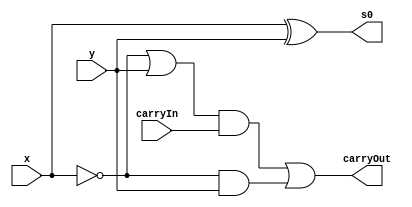
// --------------------------------------------- 
// Exemplo0034 
// Nome: Miller 
// ---------------------------------------------
// Exercicio 4 - Decremento de 1
// ---------------------------------------------

module subtrador (output s0, output carryOut, 
                  input x,input y, input carryIn);
						
assign s0 = x^y;
assign carryOut = ((~x|y)&carryIn)|(~x&y);

endmodule

module unir(output[4:0] s, input a, input b, input c, input d, input e);
assign s[0] = e;
assign s[1] = d;
assign s[2] = c;
assign s[3] = b;
assign s[4] = a;

endmodule

module Main;

reg [3:0]a, b;
reg ci;
wire s0, s1, s2, s3;
wire co0, co1, co2, co3;
wire[4:0] Sf;

subtrador A(s0, co0, a[0], b[0], ci);
subtrador B(s1, co1, a[1], b[1], co0);
subtrador C(s2, co2, a[2], b[2], co1);
subtrador D(s3, co3, a[3], b[3], co2);

unir T(Sf, co3, s3, s2, s1, s0);

initial begin:start 
a=4'b0000; b=4'b0001;
ci=1'b0;
end

initial begin
$display("Exemplo0034 - Miller - 449048"); 
$display("Decremento de 1");
$display("");
$monitor("%b = %b", a, Sf );

#1	a=4'b0101;
#1	a=4'b1100;
#1	a=4'b0010;
#1	a=4'b1010;
#1	a=4'b0110;
#1	a=4'b0010;
#1	a=4'b1111;
#1	a=4'b0000;
#1	a=4'b0001;

end
endmodule